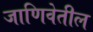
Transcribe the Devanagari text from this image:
जाणिवेतील